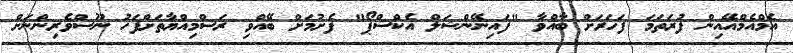
އެމްއެމްއޭއިން ފުރަތަމަ ފަހަރަށް ބާއްވާ "ފައިނޭންޝަލް އެކްސްޕޯ" ފެށުމަށް ބޭއްވި ރަސްމިއްޔާތަށްފަހު ނޫސްވެރިންނަށް